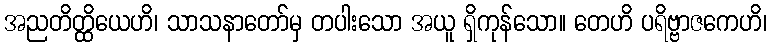
အညတိတ္ထိယေဟိ၊ သာသနာတော်မှ တပါးသော အယူ ရှိကုန်သော။ တေဟိ ပရိဗ္ဗာဇကေဟိ၊